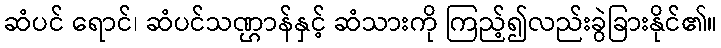
ဆံပင် ရောင်၊ ဆံပင်သဏ္ဌာန်နှင့် ဆံသားကို ကြည့်၍လည်းခွဲခြားနိုင်၏။